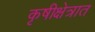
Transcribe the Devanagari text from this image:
कृषीक्षेत्रात